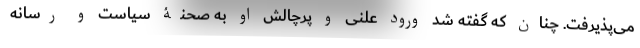
می‌پذیرفت. چنان که گفته شد ورود علنی و پرچالش او به صحنۀ سیاست و رسانه